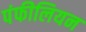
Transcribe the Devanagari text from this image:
पंफीलियन